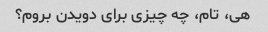
هی، تام، چه چیزی برای دویدن بروم؟